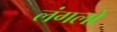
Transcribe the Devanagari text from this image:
लंगलो